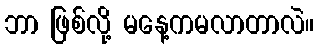
ဘာ ဖြစ်လို့ မနေ့ကမလာတာလဲ။